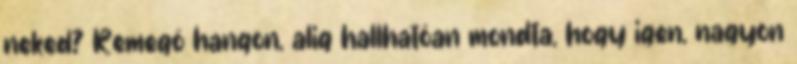
neked? Remegő hangon, alig hallhatóan mondta, hogy igen, nagyon